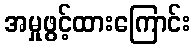
အမှုဖွင့်ထားကြောင်း